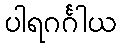
ပါရဂင်္ဂါယ